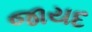
જાયદ